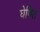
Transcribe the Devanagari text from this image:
घेषित